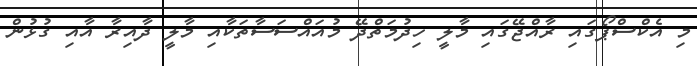
މި އެކްސްޕޯގައި ރާއްޖޭގައި މާލީ ހިދުމަތްދޭ މުއައްސަސާތަކާއި މާލީ ދާއިރާ އާއި ގުޅުން